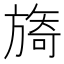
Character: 旖